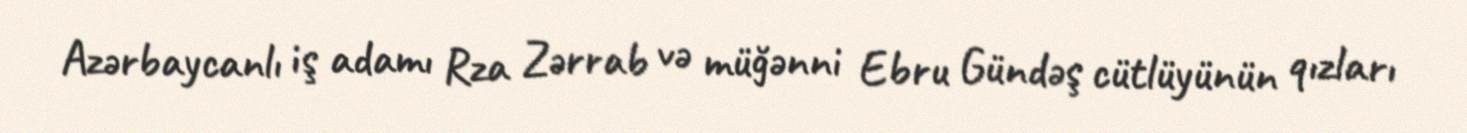
Azərbaycanlı iş adamı Rza Zərrab və müğənni Ebru Gündəş cütlüyünün qızları